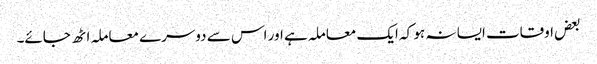
بعض اوقات ایسا نہ ہو کہ ایک معاملہ ہے اور اس سے دوسرے معاملہ اٹھ جائے۔